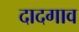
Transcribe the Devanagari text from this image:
दादगाव